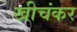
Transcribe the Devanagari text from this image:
खीचंकर